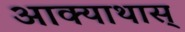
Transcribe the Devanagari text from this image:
आक्याथास्